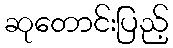
ဆုတောင်းပြည့်